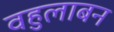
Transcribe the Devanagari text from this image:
वहुलाबन